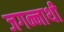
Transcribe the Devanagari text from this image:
जगन्नाथी